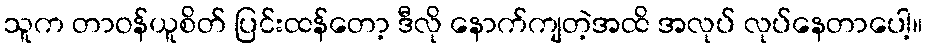
သူက တာဝန်ယူစိတ် ပြင်းထန်တော့ ဒီလို နောက်ကျတဲ့အထိ အလုပ် လုပ်နေတာပေါ့။